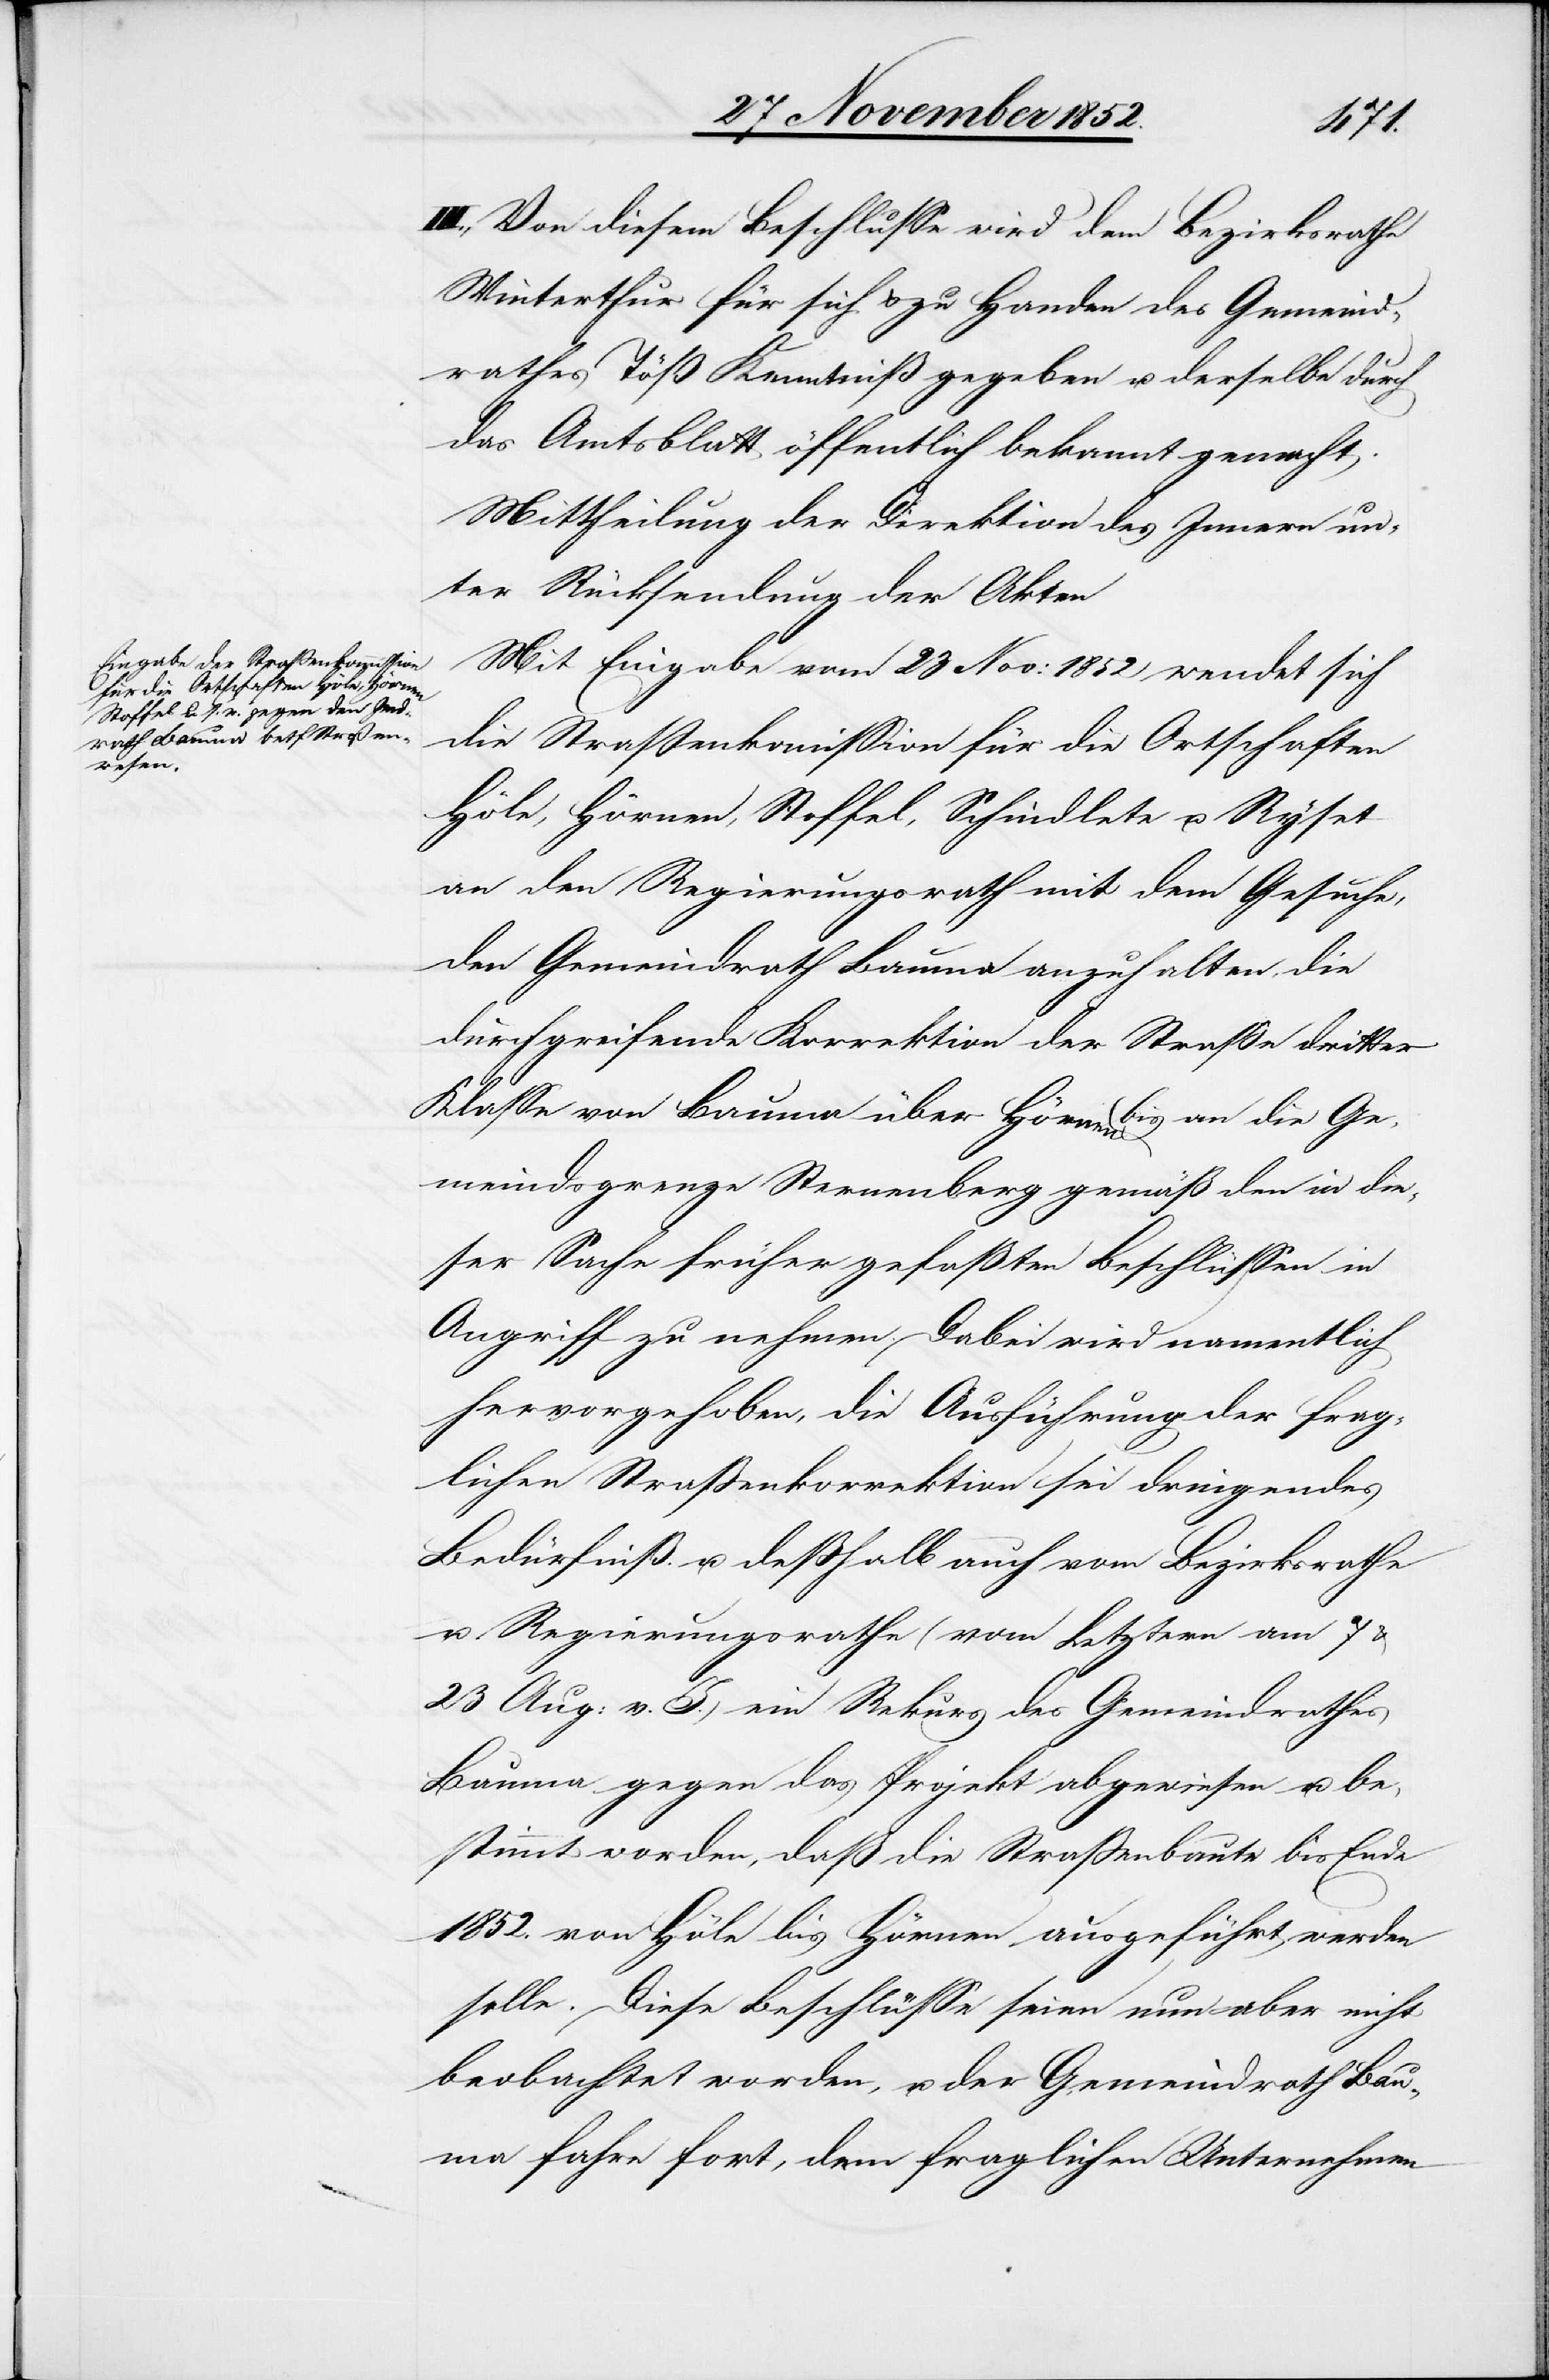
III., Von diesem Beschlusse wird dem Bezirksrathe
Winterthur für sich & zu Handen des Gemeind¬
rathes Töß Kenntniß gegeben u. derselbe durch
das Amtsblatt öffentlich bekannt gemacht.
Mittheilung der Direktion des Innern un¬
ter Rücksendung der Akten[.]
Mit Eingabe vom 23 Nov: 1852 wendet sich
die Straßenkom[m]ission für die Ortschaften
Höle, Hörnen, Stoffel, Schindlete u. Ryset
an den Regierungsrath mit dem Gesuche,
den Gemeindrath Bauma anzuhalten, die
durchgreifende Korrektion der Straße dritter
Klasse von Bauma über Hörnen bis an die Ge¬
meindsgrenze Sternenberg gemäß den in die¬
ser Sache früher gefaßten Beschlüssen in
Angriff zu nehmen. Dabei wird namentlich
hervorgehoben, die Ausführung der frag¬
lichen Straßenkorrektion sei dringendes
Bedürfniß u. deßhalb auch vom Bezirksrathe
u. Regierungsrathe (von Letztern am 7
23 Aug: v. J.) ein Rekurs des Gemeindrathes
Bauma gegen das Projekt abgewiesen u. be¬
stimmt worden, daß die Straßenbaute bis Ende
1852. von Höle bis Hörnen ausgeführt werden
solle. Diese Beschlüsse seien nun aber nicht
beobachtet worden, u. der Gemeindrath Bau¬
ma fahre fort, dem fraglichen Unternehmen